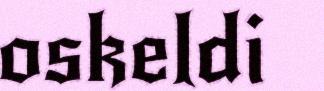
oskeldi